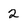
Character: 2